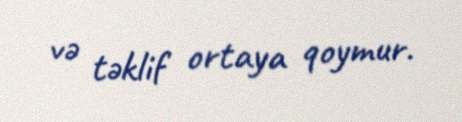
və təklif ortaya qoymur.